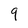
Character: 9